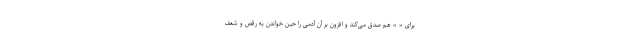
برای « » هم صدق می‌کند و افزون بر آن آدمی را حین خواندن به رقص و شعف